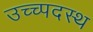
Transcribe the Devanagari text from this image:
उच्च्पदस्थ